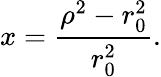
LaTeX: x={\frac{{\rho}^{2}-r_{0}^{2}}{r_{0}^{2}}}.